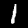
Digit: 1